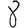
Digit: 8